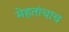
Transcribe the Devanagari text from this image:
मेहतांचाच